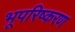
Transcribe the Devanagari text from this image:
भूपरिष्करण